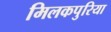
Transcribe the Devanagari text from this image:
मिलकपुरिया